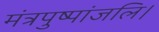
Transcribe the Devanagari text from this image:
मंत्रपुष्पांजलि।